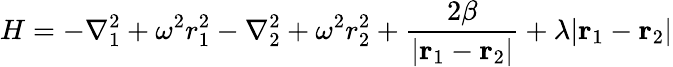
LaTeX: H=-\nabla_{1}^{2}+\omega^{2}r_{1}^{2}-\nabla_{2}^{2}+\omega^{2}r_{2}^{2}+{\frac{2\beta}{|{\mathbf r}_{1}-{\mathbf r}_{2}|}}+\lambda|{\mathbf r}_{1}-{\mathbf r}_{2}|